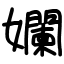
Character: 孄